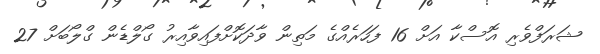
ޝަރަފްވެރި އޮސްކާ އަށް 16 ފަހަރެއްގެ މަތިން ވާދަކޮށްފައިވާއިރު ގޯލްޑެން ގްލޯބަށް 27